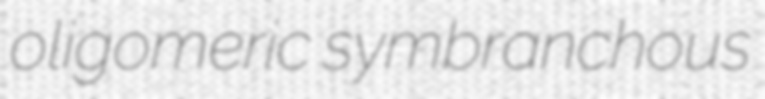
oligomeric symbranchous